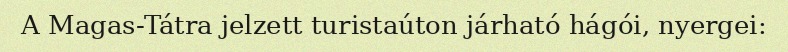
A Magas-Tátra jelzett turistaúton járható hágói, nyergei: